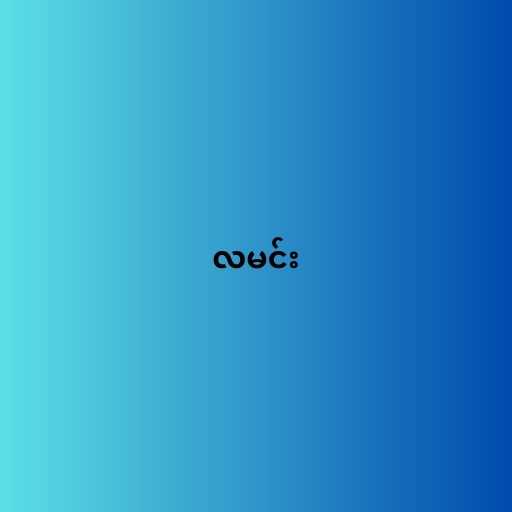
လမင်း